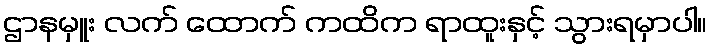
ဌာနမှူး လက် ထောက် ကထိက ရာထူးနှင့် သွားရမှာပါ။